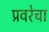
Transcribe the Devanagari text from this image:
प्रवरेचा